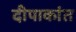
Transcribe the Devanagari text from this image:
दीपाकांत